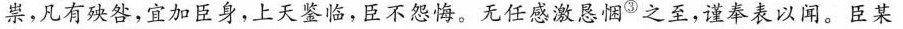
祟，凡有殃咎，宜加臣身，上天鉴临，臣不怨悔。无任感激恳惘^{③}之至，谨奉表以闻。臣某